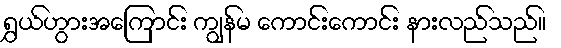
ရွှယ်ဟွားအကြောင်း ကျွန်မ ကောင်းကောင်း နားလည်သည်။